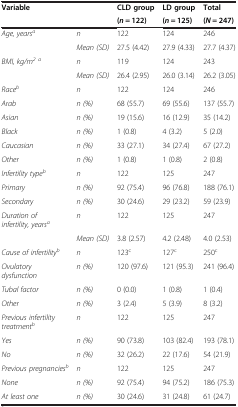
<table><thead><tr><td rowspan="2" colspan="2"><b>Variable</b></td><td><b>CLD group</b></td><td><b>LD group</b></td><td><b>Total</b></td></tr><tr><td><b>(<i>n</i> = 122)</b></td><td><b>(<i>n</i> = 125)</b></td><td><b>(<i>N</i> = 247)</b></td></tr></thead><tbody><tr><td><i>Age, years</i><sup><i>a</i></sup></td><td><i>n</i></td><td>122</td><td>124</td><td>246</td></tr><tr><td> </td><td><i>Mean (SD)</i></td><td>27.5 (4.42)</td><td>27.9 (4.33)</td><td>27.7 (4.37)</td></tr><tr><td rowspan="2"><i>BMI, kg/m</i><sup><i>2</i></sup><sup><i>a</i></sup></td><td><i>n</i></td><td>119</td><td>124</td><td>243</td></tr><tr><td><i>Mean (SD)</i></td><td>26.4 (2.95)</td><td>26.0 (3.14)</td><td>26.2 (3.05)</td></tr><tr><td><i>Race</i><sup><i>b</i></sup></td><td><i>n</i></td><td>122</td><td>124</td><td>246</td></tr><tr><td><i>Arab</i></td><td><i>n (%)</i></td><td>68 (55.7)</td><td>69 (55.6)</td><td>137 (55.7)</td></tr><tr><td><i>Asian</i></td><td><i>n (%)</i></td><td>19 (15.6)</td><td>16 (12.9)</td><td>35 (14.2)</td></tr><tr><td><i>Black</i></td><td><i>n (%)</i></td><td>1 (0.8)</td><td>4 (3.2)</td><td>5 (2.0)</td></tr><tr><td><i>Caucasian</i></td><td><i>n (%)</i></td><td>33 (27.1)</td><td>34 (27.4)</td><td>67 (27.2)</td></tr><tr><td><i>Other</i></td><td><i>n (%)</i></td><td>1 (0.8)</td><td>1 (0.8)</td><td>2 (0.8)</td></tr><tr><td><i>Infertility type</i><sup><i>b</i></sup></td><td><i>n</i></td><td>122</td><td>125</td><td>247</td></tr><tr><td><i>Primary</i></td><td><i>n (%)</i></td><td>92 (75.4)</td><td>96 (76.8)</td><td>188 (76.1)</td></tr><tr><td><i>Secondary</i></td><td><i>n (%)</i></td><td>30 (24.6)</td><td>29 (23.2)</td><td>59 (23.9)</td></tr><tr><td><i>Duration of infertility, years</i><sup><i>a</i></sup></td><td><i>n</i></td><td>122</td><td>125</td><td>247</td></tr><tr><td> </td><td><i>Mean (SD)</i></td><td>3.8 (2.57)</td><td>4.2 (2.48)</td><td>4.0 (2.53)</td></tr><tr><td><i>Cause of infertility</i><sup><i>b</i></sup></td><td><i>n</i></td><td>123<sup>c</sup></td><td>127<sup>c</sup></td><td>250<sup>c</sup></td></tr><tr><td><i>Ovulatory dysfunction</i></td><td><i>n (%)</i></td><td>120 (97.6)</td><td>121 (95.3)</td><td>241 (96.4)</td></tr><tr><td><i>Tubal factor</i></td><td><i>n (%)</i></td><td>0 (0.0)</td><td>1 (0.8)</td><td>1 (0.4)</td></tr><tr><td><i>Other</i></td><td><i>n (%)</i></td><td>3 (2.4)</td><td>5 (3.9)</td><td>8 (3.2)</td></tr><tr><td><i>Previous infertility treatment</i><sup><i>b</i></sup></td><td><i>n</i></td><td>122</td><td>125</td><td>247</td></tr><tr><td><i>Yes</i></td><td><i>n (%)</i></td><td>90 (73.8)</td><td>103 (82.4)</td><td>193 (78.1)</td></tr><tr><td><i>No</i></td><td><i>n (%)</i></td><td>32 (26.2)</td><td>22 (17.6)</td><td>54 (21.9)</td></tr><tr><td><i>Previous pregnancies</i><sup><i>b</i></sup></td><td><i>n</i></td><td>122</td><td>125</td><td>247</td></tr><tr><td><i>None</i></td><td><i>n (%)</i></td><td>92 (75.4)</td><td>94 (75.2)</td><td>186 (75.3)</td></tr><tr><td><i>At least one</i></td><td><i>n (%)</i></td><td>30 (24.6)</td><td>31 (24.8)</td><td>61 (24.7)</td></tr></tbody></table>